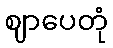
ဈာပေတုံ